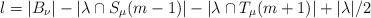
LaTeX: \begin{align*}l = |B_\nu| - |\lambda \cap S_\mu(m-1)| - |\lambda \cap T_\mu(m+1)| + |\lambda|/2\end{align*}